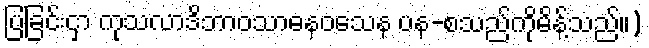
ပြခြင်းငှာ ကုသလာဒိဘာဝသာဓနဝသေန ပန-စသည်ကိုမိန့်သည်။)